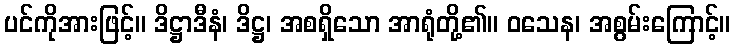
ပင်ကိုအားဖြင့်။ ဒိဋ္ဌာဒီနံ၊ ဒိဋ္ဌ၊ အစရှိသော အာရုံတို့၏။ ဝသေန၊ အစွမ်းကြောင့်။